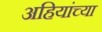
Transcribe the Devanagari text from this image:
अहियांच्या